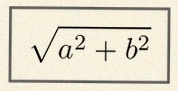
\sqrt{a^2+b^2}